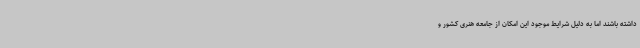
داشته باشند اما به دلیل شرایط موجود این امکان از جامعه هنری کشور و